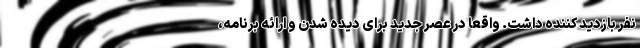
نفر بازدید کننده داشت. واقعا در عصر جدید برای دیده شدن و ارائه برنامه،